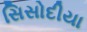
સિસોદીયા